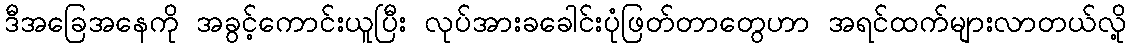
ဒီအခြေအနေကို အခွင့်ကောင်းယူပြီး လုပ်အားခခေါင်းပုံဖြတ်တာတွေဟာ အရင်ထက်များလာတယ်လို့